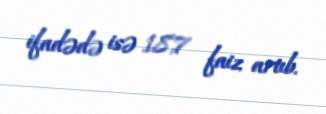
ifadədə isə 18,7 faiz artıb.